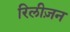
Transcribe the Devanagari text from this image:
रिलीज़न